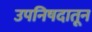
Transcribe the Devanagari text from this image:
उपनिषदातून